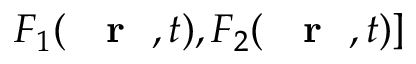
{ \cal F } _ { 1 } ( \mathrm { ~ { ~ \bf ~ r ~ } ~ } , t ) , { \cal F } _ { 2 } ( \mathrm { ~ { ~ \bf ~ r ~ } ~ } , t ) ]